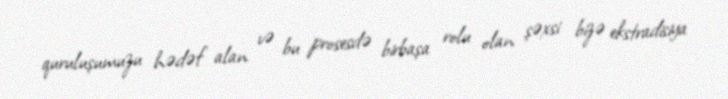
quruluşumuzu hədəf alan və bu prosesdə birbaşa rolu olan şəxsi bizə ekstradisiya